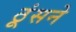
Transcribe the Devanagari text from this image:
ठूंसने